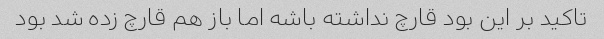
تاکید بر این بود قارچ نداشته باشه اما باز هم قارچ زده شد بود